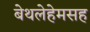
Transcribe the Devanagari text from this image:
बेथलेहेमसह